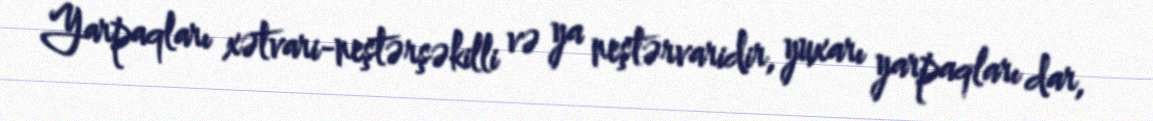
Yarpaqları xətvari-neştərşəkilli və ya neştərvaridir, yuxarı yarpaqları dar,